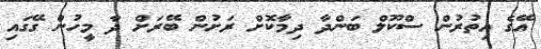
އޭގެ އިތުރުން ސްކޫލް ބަންދާ ދިމާކޮށް ރަށުން ބޭރަށް ދާ މީހުން ގޭގައި